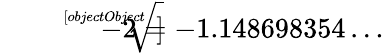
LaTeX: {\sqrt[[objectObject]]{-2}}=-1.148698354\ldots